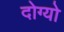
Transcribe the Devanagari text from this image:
दोग्यो